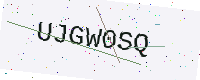
Text: UJGW0SQ